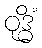
ဝုဒ္ဓိံ